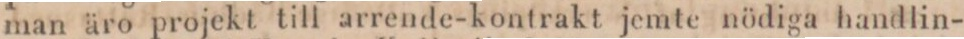
man äro projekt till arrende-kontrakt jemte nödiga handlin-